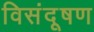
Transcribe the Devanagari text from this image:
विसंदूषण